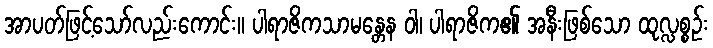
အာပတ်ဖြင့်သော်လည်းကောင်း။ ပါရာဇိကသာမန္တေန ဝါ၊ ပါရာဇိက၏ အနီးဖြစ်သော ထုလ္လစ္စဉ်း